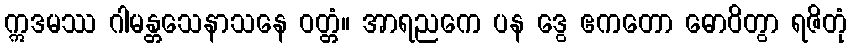
ဣဒမဿ ဂါမန္တသေနာသနေ ဝတ္တံ။ အာရညကေ ပန ဒွေ ဧကတော ဓောဝိတွာ ရဇိတုံ